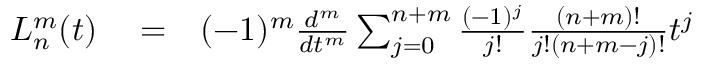
\begin{array} { r l r } { L _ { n } ^ { m } ( t ) } & { { } = } & { ( - 1 ) ^ { m } \frac { d ^ { m } } { d t ^ { m } } \sum _ { j = 0 } ^ { n + m } \frac { ( - 1 ) ^ { j } } { j ! } \frac { ( n + m ) ! } { j ! ( n + m - j ) ! } t ^ { j } } \end{array}